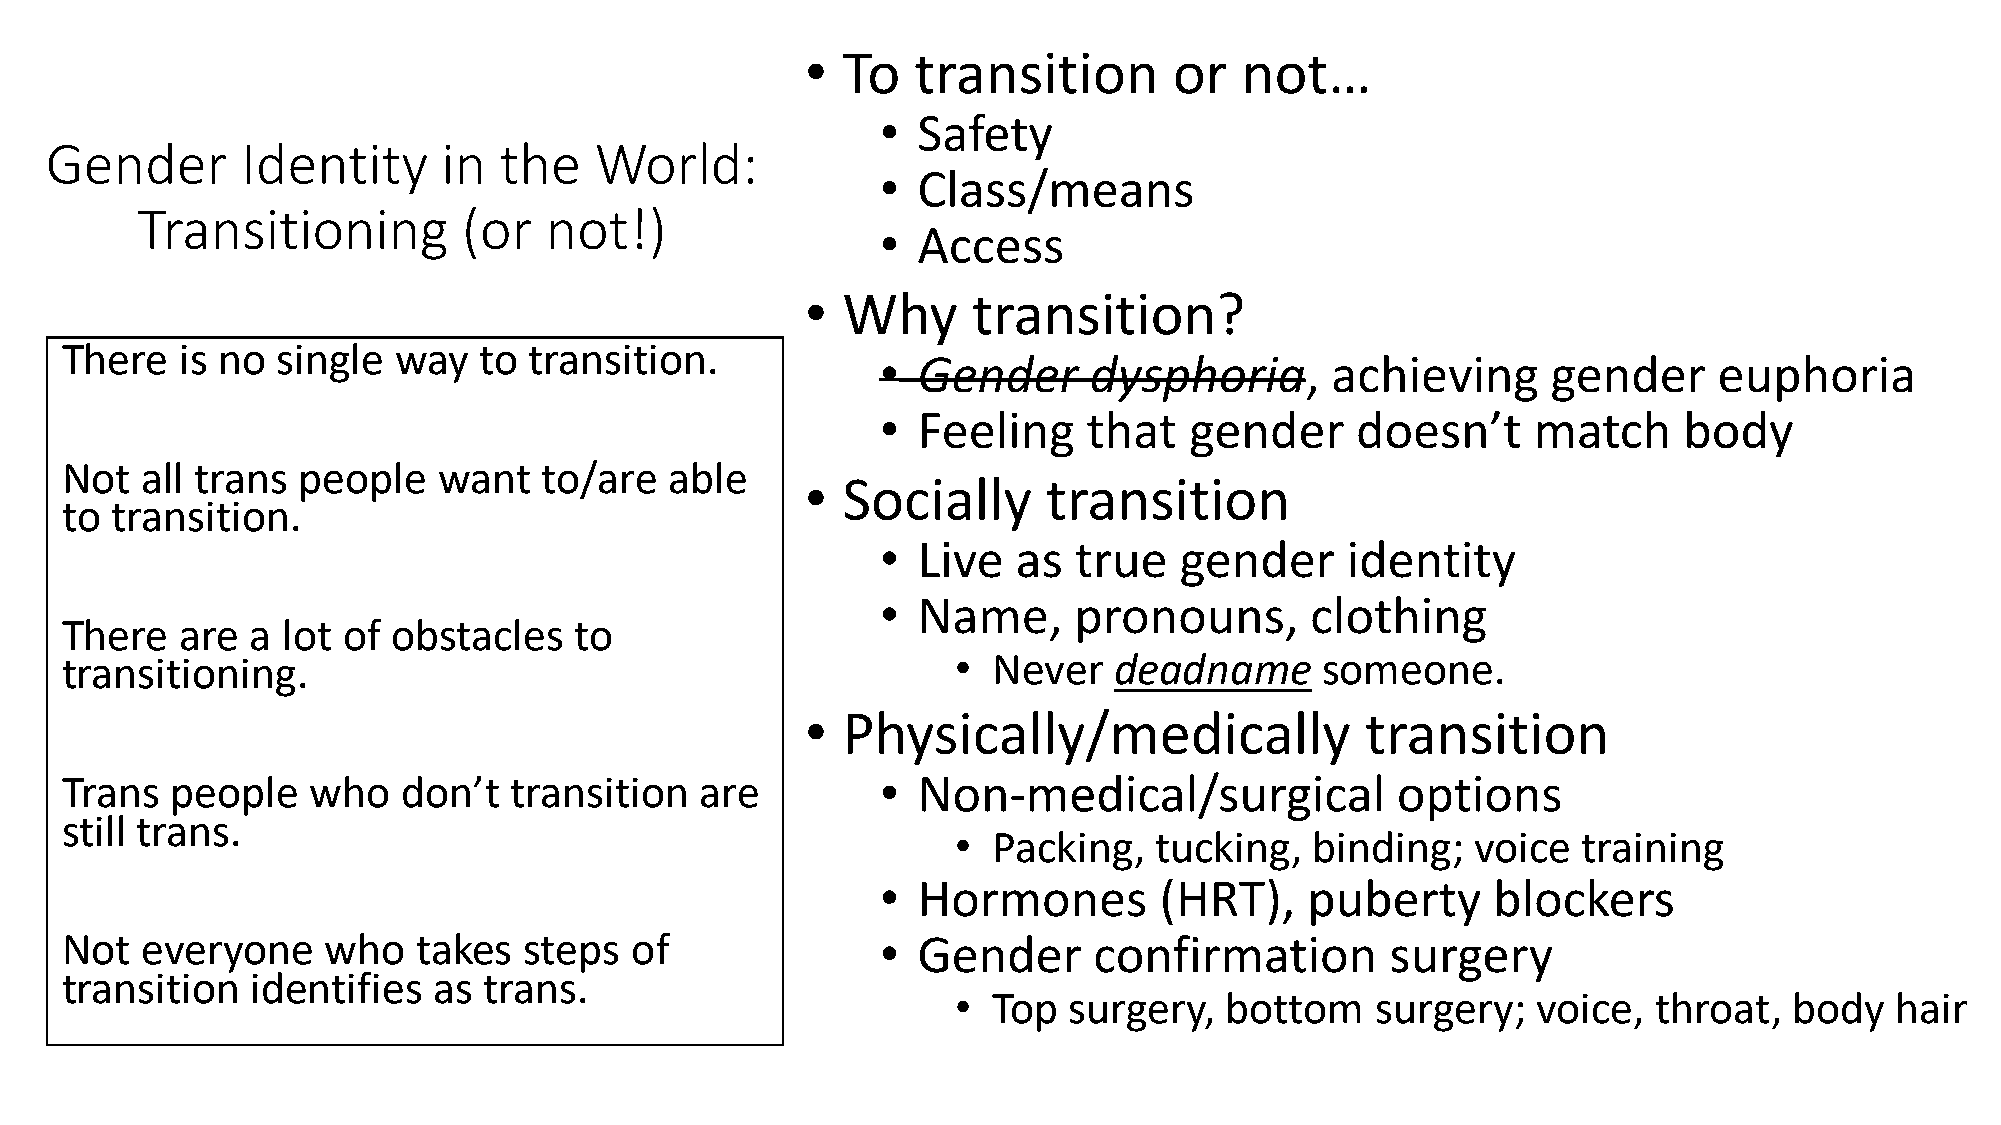
•  To   transition       or  not…
 •  Safety
 Gender       Identity     in  the   World:
 •  Class/means
 Transitioning         (or  not!)
 •  Access
 •  Why     transition?
 There   is no single  way   to transition.
 •  Gender     dysphoria,      achieving      gender     euphoria
 •  Feeling    that   gender     doesn’t    match     body
 Not  all trans  people   want   to/are  able
 •  Socially     transition
 to transition.
 •  Live  as  true   gender     identity
 •  Name,     pronouns,       clothing
 There   are  a lot of obstacles   to
 transitioning.                                             •  Never   deadname     someone.
 •  Physically/medically              transition
 Trans  people   who    don’t  transition  are         •  Non-medical/surgical           options
 still trans.
 •  Packing,  tucking,   binding;   voice  training
 •  Hormones        (HRT),   puberty      blockers
 Not  everyone     who   takes  steps  of              •  Gender     confirmation        surgery
 transition   identifies  as trans.
 •  Top  surgery,  bottom    surgery;   voice,  throat,  body  hair